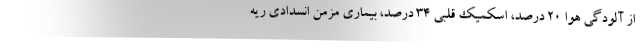
از آلودگی هوا 20 درصد، اسکمیک قلبی 34 درصد، بیماری مزمن انسدادی ریه